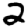
Digit: 2